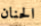
الحنان